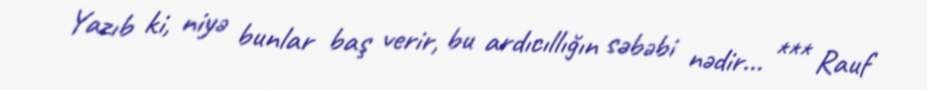
Yazıb ki, niyə bunlar baş verir, bu ardıcıllığın səbəbi nədir... *** Rauf